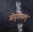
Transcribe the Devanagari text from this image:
ओगुचियालु